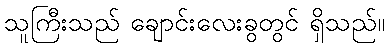
သူကြီးသည် ချောင်းလေးခွတွင် ရှိသည်။